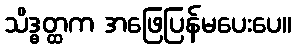
သိဒ္ဓတ္ထက အဖြေပြန်မပေးပေ။